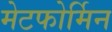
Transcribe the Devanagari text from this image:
मेटफोर्मिन